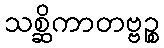
သစ္ဆိကာတဗ္ဗဉ္စ